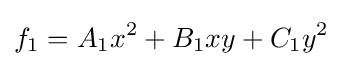
f_{1}=A_{1}x^{2}+B_{1}xy+C_{1}y^{2}